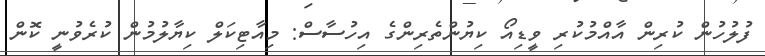
ފުލުހުން ކުރިން އާއްމުކުރި ވީޑިއޯ ކިޔުންތެރިންގެ އިހުސާސް: މިއާޓިކަލް ކިޔާލުމުން ކުރެވުނީ ކޮން